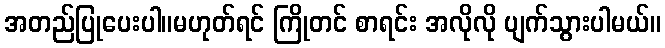
အတည်ပြုပေးပါ။မဟုတ်ရင် ကြိုတင် စာရင်း အလိုလို ပျက်သွားပါမယ်။